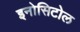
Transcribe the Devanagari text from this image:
इनोसिटोल